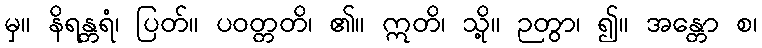
မှ။ နိရန္တရံ၊ ပြတ်။ ပဝတ္တတိ၊ ၏။ ဣတိ၊ သို့။ ဉတွာ၊ ၍။ အန္တော စ၊